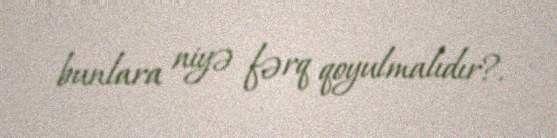
bunlara niyə fərq qoyulmalıdır?.